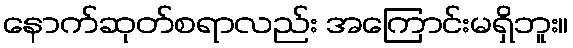
နောက်ဆုတ်စရာလည်း အကြောင်းမရှိဘူး။